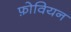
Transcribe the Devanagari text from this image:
फ़ोवियन